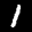
Label: 1